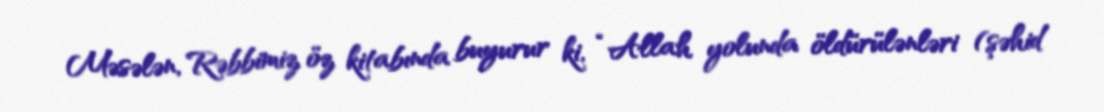
Məsələn, Rəbbimiz öz kitabında buyurur ki, “Allah yolunda öldürülənləri (şəhid